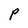
Character: P